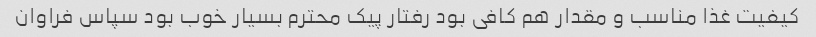
کیفیت غذا مناسب و مقدار هم کافی بود رفتار پیک محترم بسیار خوب بود سپاس فراوان